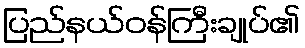
ပြည်နယ်ဝန်ကြီးချုပ်၏